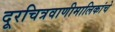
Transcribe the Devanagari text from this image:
दूरचित्रवाणीमालिकांचे